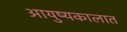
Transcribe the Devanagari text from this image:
आयुष्यकालात